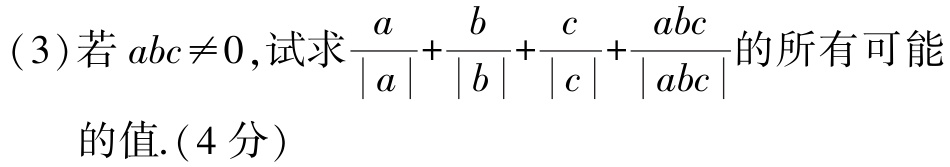
(3)若\(abc\neq0\),试求\(\frac{a}{|a|}+\frac{b}{|b|}+\frac{c}{|c|}+\frac{abc}{|abc|}\)的所有可能的值.(4分)